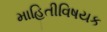
માહિતીવિષયક